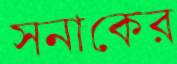
সনাকের